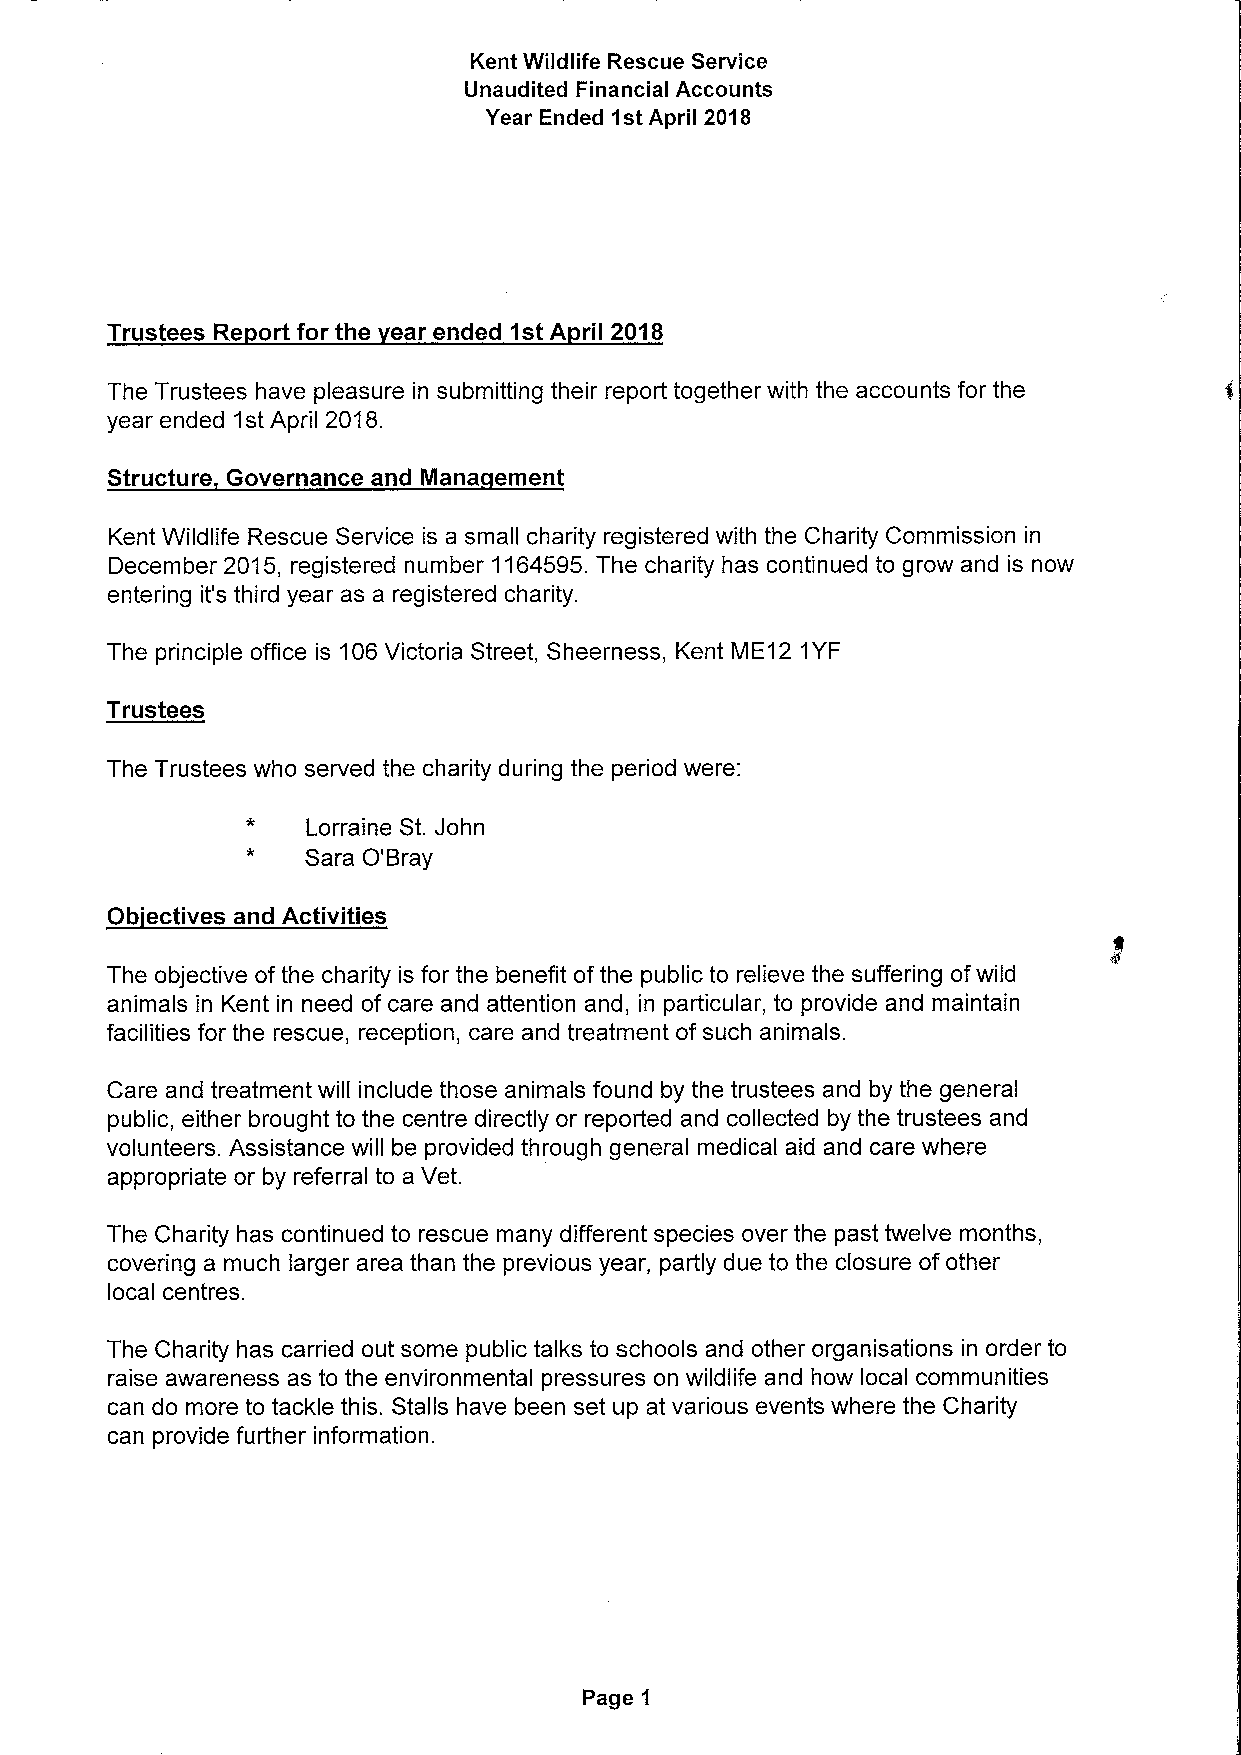
Kent Wildlife Rescue Service
 Unaudited Financial Accounts
 Year Ended 1stApril 2018
 Trustees Re ortforthe earended1stA ril 2018
 The Trustees have pleasure in submitting their report together with the accounts for the
 year ended 1stApril 2018.
 Structure Governance and Mana ement
 Kent Wildlife Rescue Service is a small charity registered with the Charity Commission in
 December 2015, registered number 1164595.The charity has continued to grow and is now
 entering it's third year as a registered charity.
 The principle office is 106Victoria Street, Sheerness, Kent ME12 1YF
 Trustees
 The Trustees who served the charity during the period were:
 Lorraine St. John
 Sara O'Bray
 Ob'ectives and Activities
 The objective ofthe charity is for the benefit of the public to relieve the suffering ofwild
 animals in Kent in need of care and attention and, in particular, to provide and maintain
 facilities for the rescue, reception, care and treatment of such animals.
 Care and treatment will include those animals found by the trustees and by the general
 public, either brought to the centre directly or reported and collected by the trustees and
 volunteers. Assistance will be provided through general medical aid and care where
 appropriate or by referral to a Vet.
 The Charity has continued to rescue many different species over the past twelve months,
 covering a much larger area than the previous year, partly due to the closure of other
 local centres.
 The Charity has carried out some public talks to schools and other organisations in order to
 raise awareness as to the environmental pressures on wildlife and how local communities
 can do more to tackle this. Stalls have been set up at various events where the Charity
 can provide further information.
 Page 1